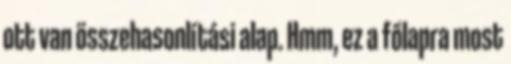
ott van összehasonlítási alap. Hmm, ez a főlapra most